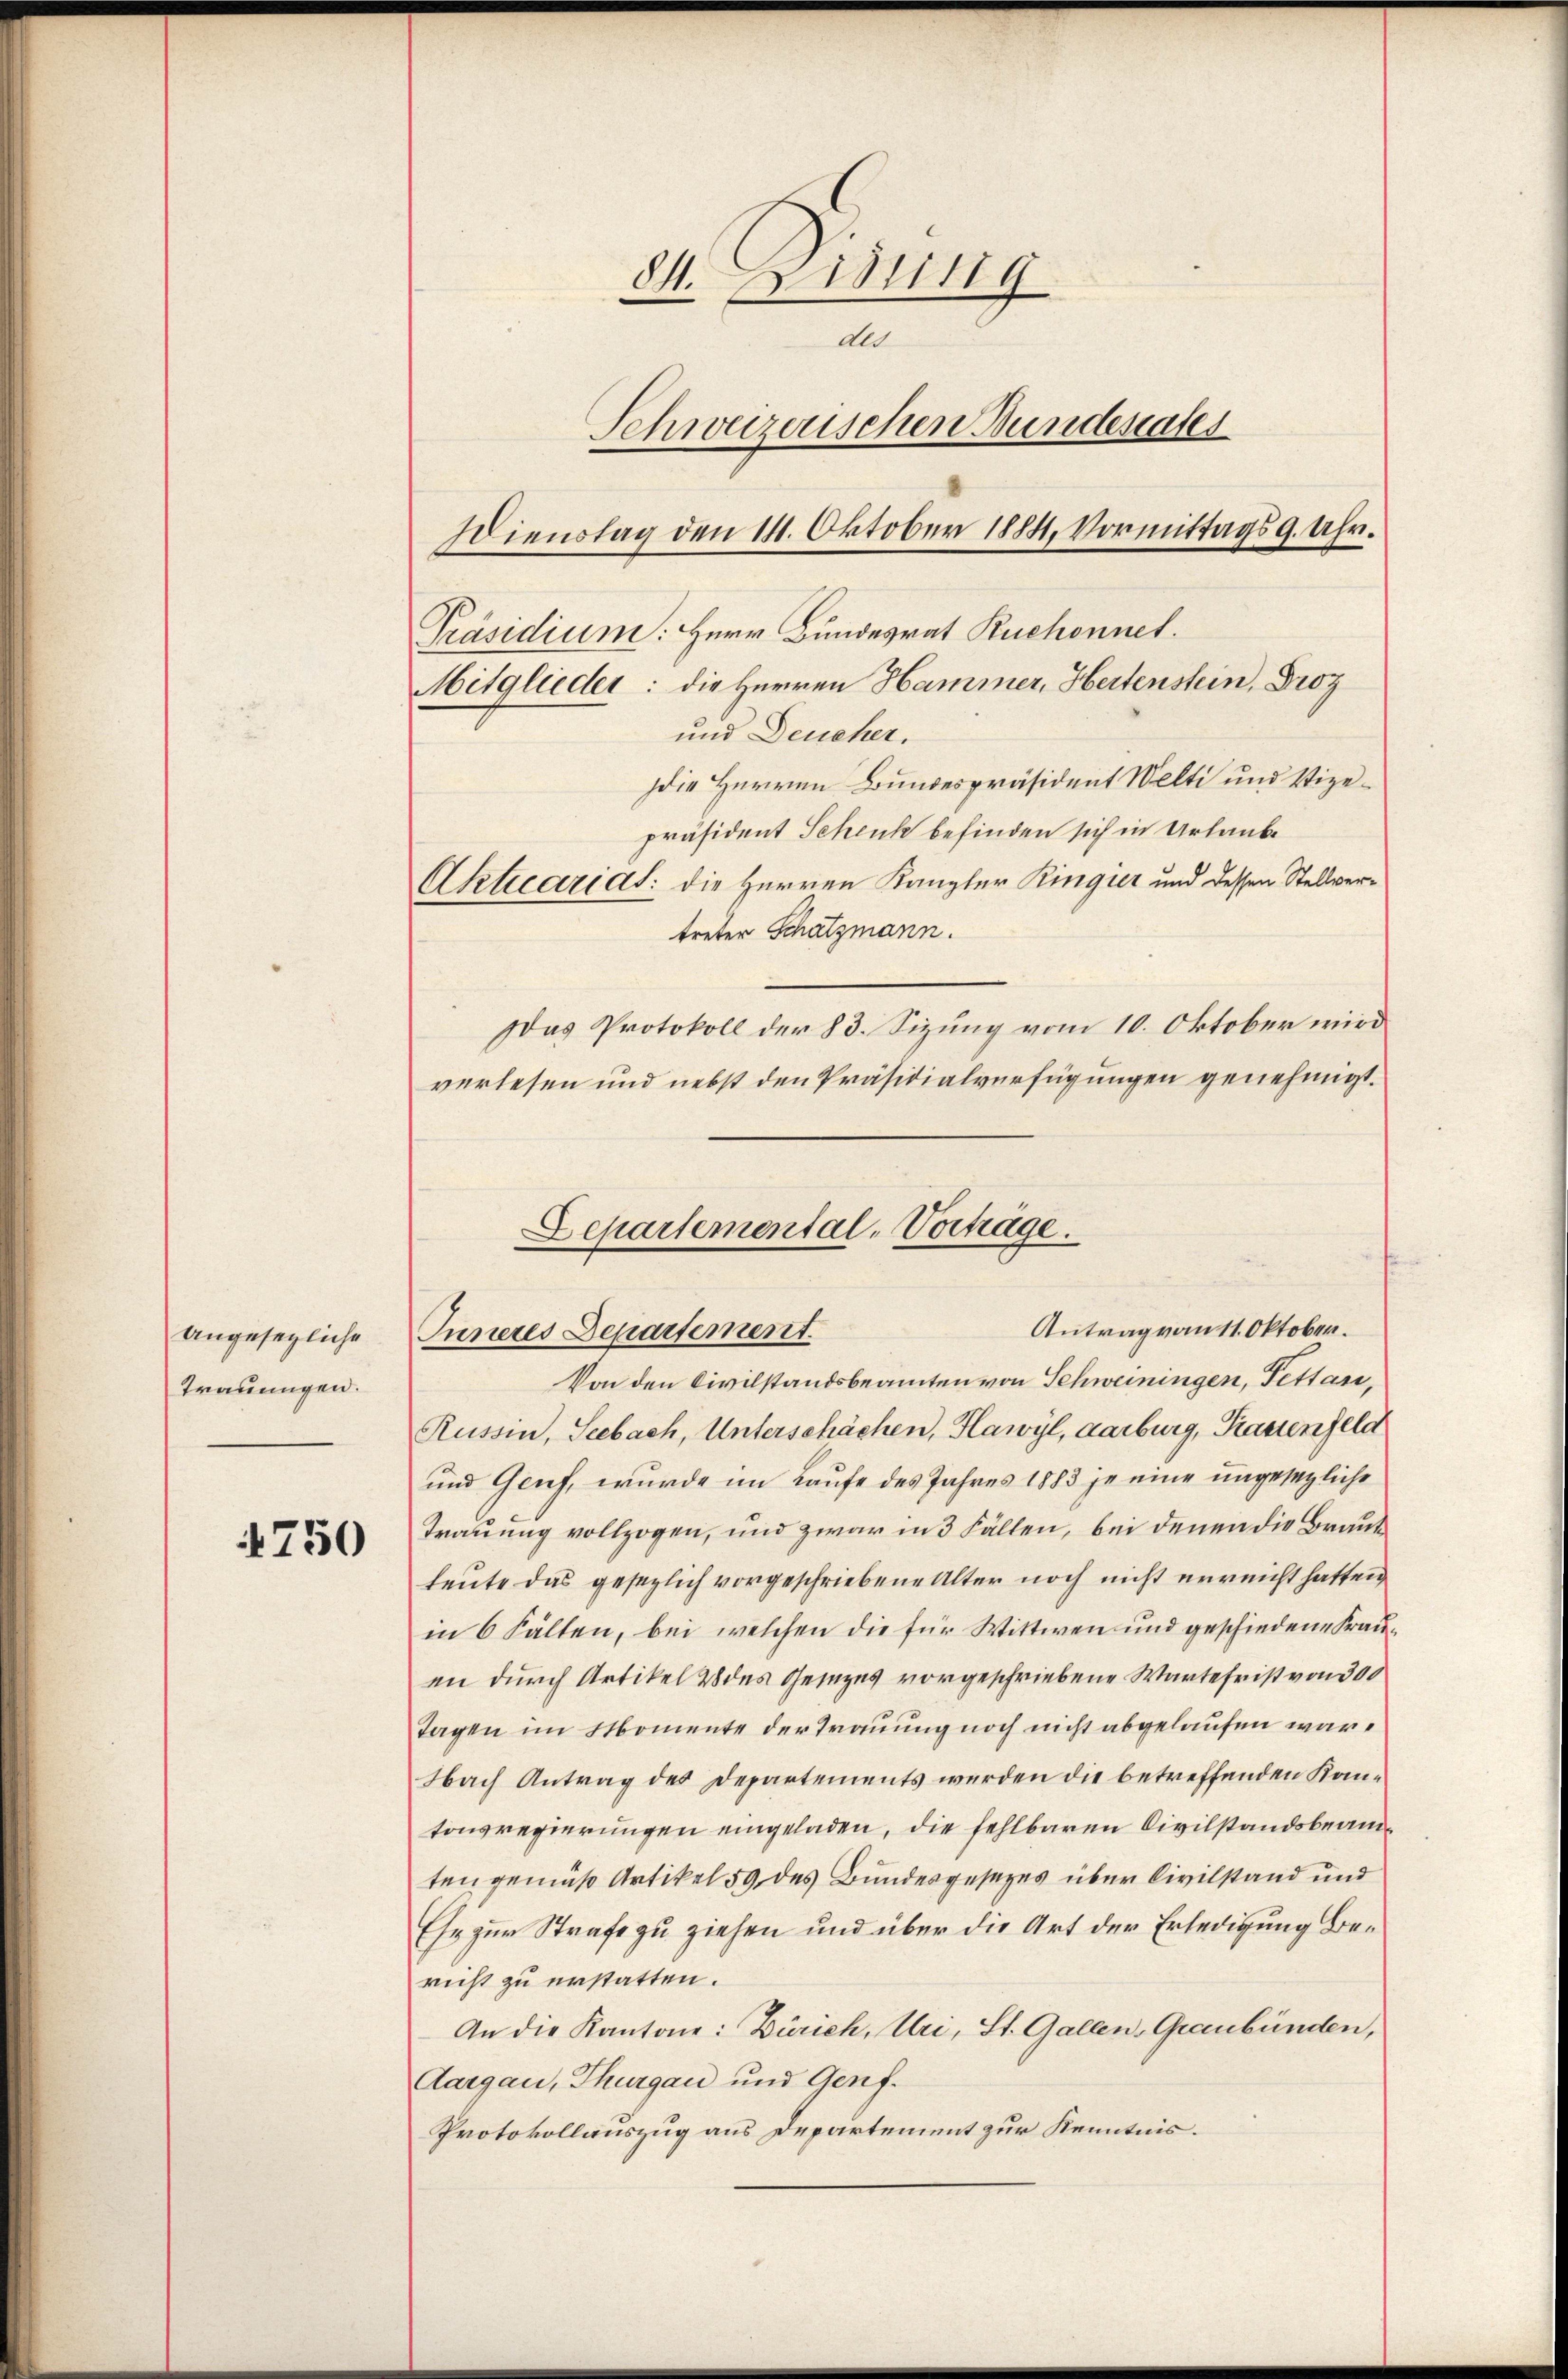
Angesezliche
Trauungen.

4750

84. Listig
dld
Schweizerischen Bundestates
Dienstag den 111. Oktober 1884. Vormittags 9. Uhr.
Präsidium: Herr Bundesrat Ruchonnet.
Mitglieder: die Herren Hammer, Heitenstein, Droz
und Deucher.
Die Herren Bundespräsident Welti und Vizepräsident Schenk befinden sich in Urlaube
Aktuariat: die Herren Kanzler Ringier und dessen Stellvertreter Schatzmann.

Das Protokoll der 83. Sizung vom 10. Oktober wird
verlesen und nebst den Präsidialverfügungen genehmigt.

Departemental-Vortrage.
Inneres Departement.

Von den Civilstandsbeamten von Schweiningen, Fett an,
Russin, Seebach, Unterschächen, Hawyl, Aarburg, Kastenfeld
und Genf, wurde im Laufe des Jahres 1883 je eine ungesezliche
Trauung vollzogen, und zwar in 3 Fällen, bei denen die Braut
heute das gesezlich vorgeschriebene Alter noch nicht erreicht hatten
in 6 Falten, bei welchen die für Wittwen und geschiedene Frauen durch Artikel 2 des Gesezes vorgeschriebene Wartefrist von 300
Tagen im Momente der Trauung noch nicht abgelaufen war,
Nach Antrag des Departements werden die betreffenden Kontonsregierungen eingeladen, die fehlbaren Civilstandsbeamten gemäß Artikel 59 des Bundesgesezes über Civilstand und
Ese zur Strafe zu ziehen und über die Art der Erledigung Bericht zu erstatten.
An die Kantone: Zürich, Uri, St. Gallen, Graubünden,
Aargau, Thurgau und Genf.
Protokollauszug aus Departement zur Kenntnis.

Antrag von 11. Oktober.